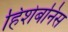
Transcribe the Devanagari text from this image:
हिशेबनिस